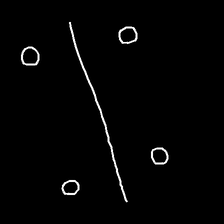
Glyph: cool